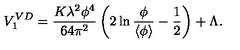
V _ { 1 } ^ { V D } = { \frac { K \lambda ^ { 2 } \phi ^ { 4 } } { 6 4 \pi ^ { 2 } } } \left( 2 \ln { \frac { \phi } { \left< \phi \right> } } - { \frac { 1 } { 2 } } \right) + \Lambda .